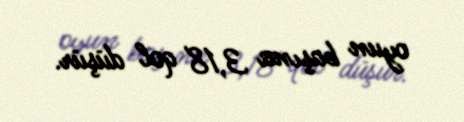
oyun başına 3,18 qol düşür.